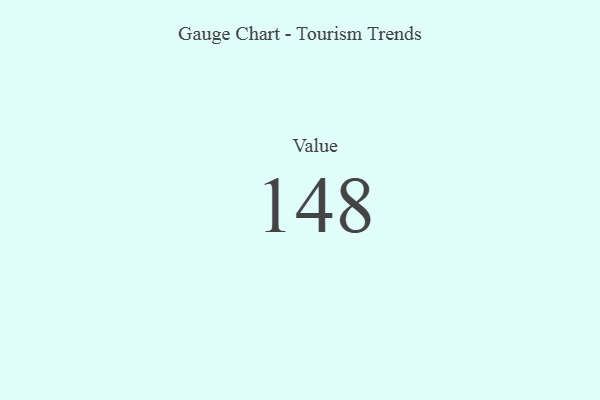
{"axis": {"x": "Metric", "y": "Value"}, "legend": [""], "data": [{"x": "Value", "y": 148, "type": ""}]}